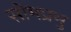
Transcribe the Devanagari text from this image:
सोमप्रभु